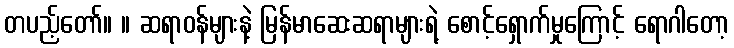
တပည့်တော်။ ။ ဆရာဝန်များနဲ့ မြန်မာဆေးဆရာများရဲ့ စောင့်ရှောက်မှုကြောင့် ရောဂါတော့